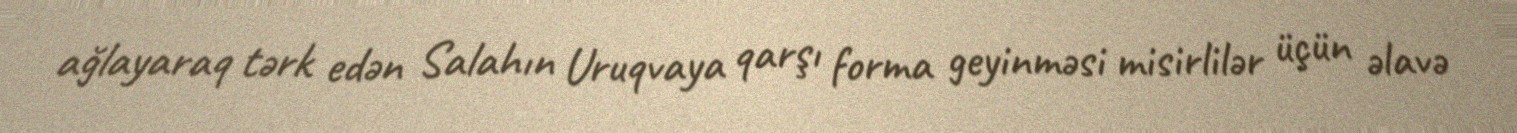
ağlayaraq tərk edən Salahın Uruqvaya qarşı forma geyinməsi misirlilər üçün əlavə